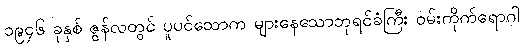
၁၉၄၆ ခုနှစ် ဇွန်လတွင် ပူပင်သောက များနေသောဘုရင်ခံကြီး ဝမ်းကိုက်ရောဂါ